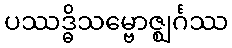
ပဿဒ္ဓိသမ္ဗောဇ္ဈင်္ဂဿ